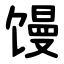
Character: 馒